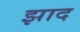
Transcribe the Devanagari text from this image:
झाद